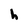
Character: h